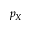
p _ { X }